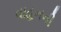
વાહનની